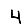
Digit: 4